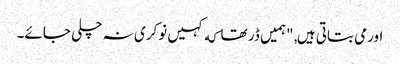
اورمی بتاتی ہیں, "ہمیں ڈر تھا که کہیں نوکری نہ چلی جائے۔